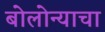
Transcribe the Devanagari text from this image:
बोलोन्याचा